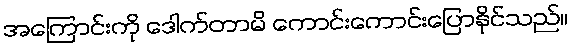
အကြောင်းကို ဒေါက်တာမိ ကောင်းကောင်းပြောနိုင်သည်။